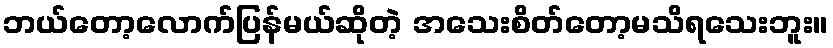
ဘယ်တော့လောက်ပြန်မယ်ဆိုတဲ့ အသေးစိတ်တော့မသိရသေးဘူး။